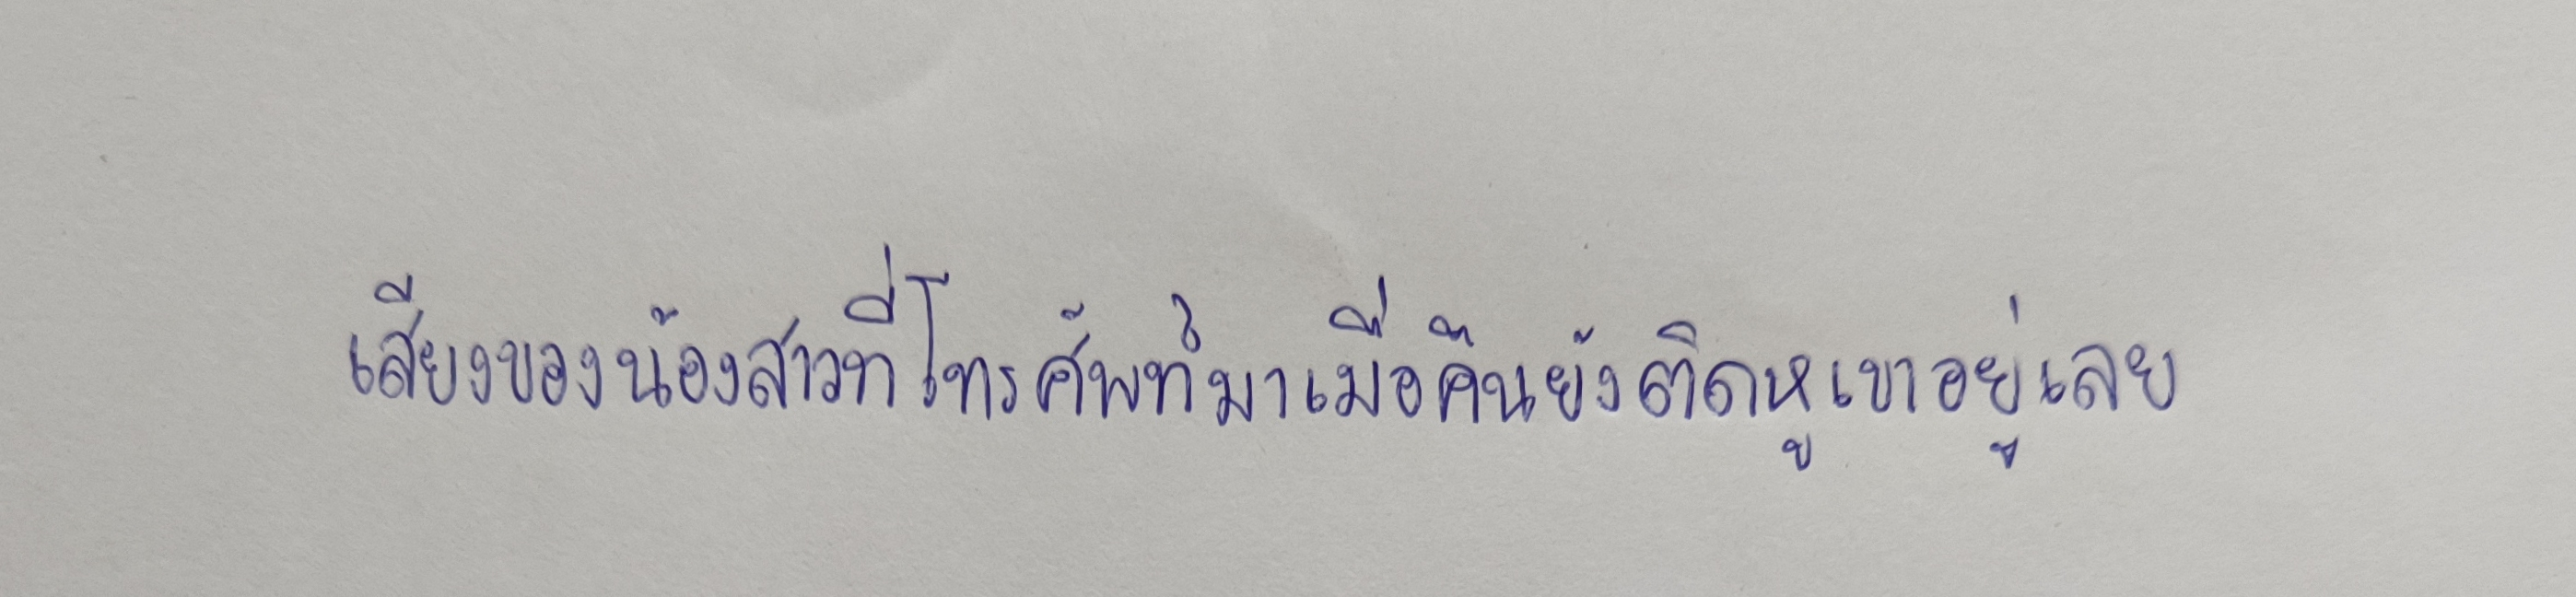
เสียงของน้องสาวที่โทรศัพท์มาเมื่อคืนยังติดหูเขาอยู่เลย